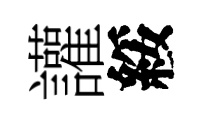
讙綏